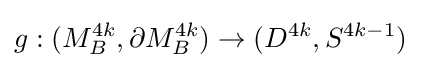
g:(M_{B}^{4k},\partial M_{B}^{4k})\rightarrow (D^{4k},S^{4k-1})